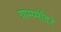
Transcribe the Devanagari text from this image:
ग्राममंदिरे